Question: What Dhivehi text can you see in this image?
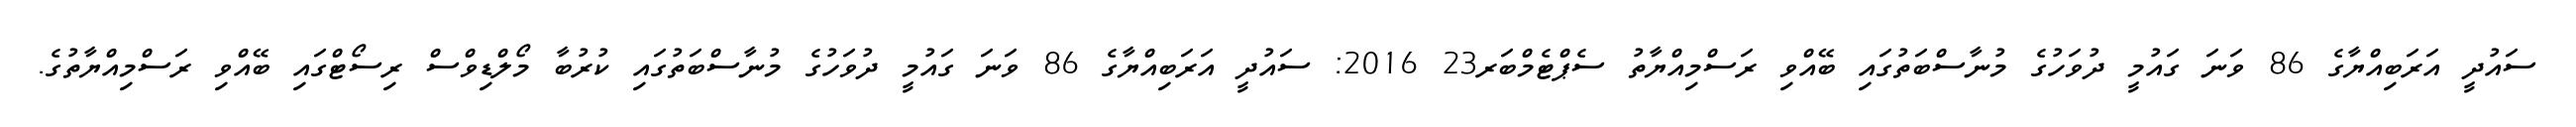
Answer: ސައުދީ އަރަބިއްޔާގެ 86 ވަނަ ގައުމީ ދުވަހުގެ މުނާސްބަތުގައި ބޭއްވި ރަސްމިއްޔާތު ސެޕްޓެމްބަރ23 2016: ސައުދީ އަރަބިއްޔާގެ 86 ވަނަ ގައުމީ ދުވަހުގެ މުނާސްބަތުގައި ކުރުބާ މޯލްޑިވްސް ރިސޯޓްގައި ބޭއްވި ރަސްމިއްޔާތުގެ.